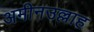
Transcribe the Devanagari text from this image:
अमीनउल्लाह